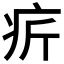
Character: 𤴾